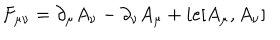
F _ { \mu \nu } = \partial _ { \mu } A _ { \nu } - \partial _ { \nu } A _ { \mu } + i e [ A _ { \mu } , A _ { \nu } ]